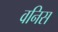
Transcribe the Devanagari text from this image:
वनिस